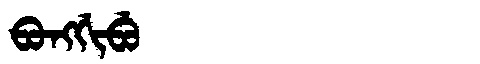
Manchu: ᠪᠣᠩᡤᡳᠪᡠ
Romanization: BONGGIBU